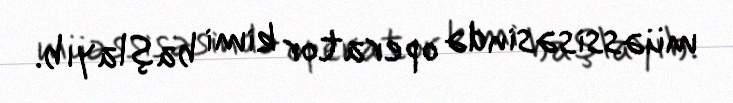
müəssisəsində operator kimi başlayıb.